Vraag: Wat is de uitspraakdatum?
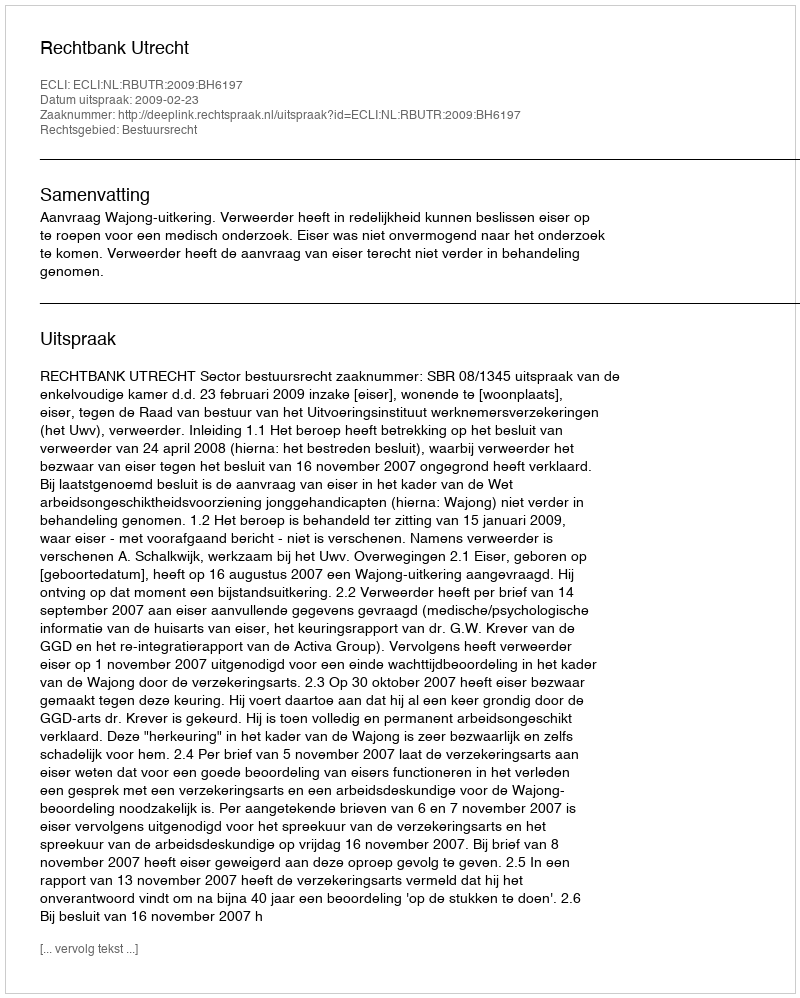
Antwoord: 2009-02-23